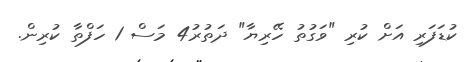
ކުޑަފަރި އަށް ކުރި "ވަގުތު ހޭރިޔާ" ދަތުރު4 މަސް 1 ހަފްތާ ކުރިން.